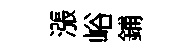
漲峪鋪